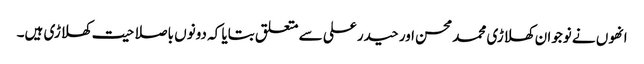
انھوں نے نوجوان کھلاڑی محمد محسن اور حیدر علی سے متعلق بتایا کہ دونوں باصلاحیت کھلاڑی ہیں۔